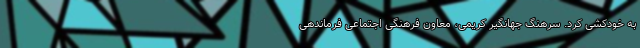
به خودکشی کرد. سرهنگ جهانگیر کریمی، معاون فرهنگی اجتماعی فرماندهی